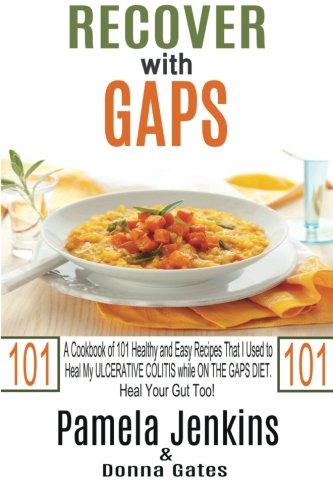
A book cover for Recover with GAPS: A Cookbook of 101 Healthy and Easy Recipes That I Used to Heal My ULCERATIVE COLITIS while ON THE GAPS DIET - Heal Your Gut Too!; Pamela Jenkins; Cookbooks, Food & Wine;